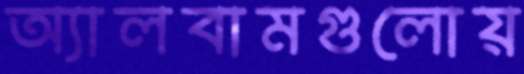
অ্যালবামগুলোয়